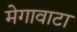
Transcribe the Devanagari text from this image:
मेगावाटा